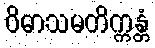
ဝိဓာသမတိက္ကန္တံ